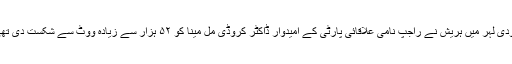
مودی لہر میں ہریش نے راجپ نامی علاقائی پارٹی کے امیدوار ڈاکٹر کروڈی مل مینا کو ۵۲ ہزار سے زیادہ ووٹ سے شکست دی تھی۔